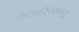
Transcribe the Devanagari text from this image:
कलारिप्पयत्तु